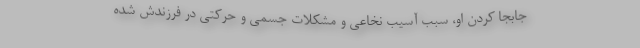
جابجا کردن او، سبب آسیب نخاعی و مشکلات جسمی و حرکتی در فرزندش شده